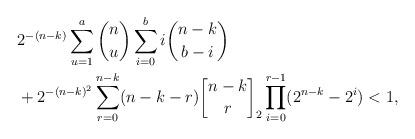
LaTeX: \begin{align*}&2^{-(n-k)}\sum_{u=1}^{a}\binom{n}{u}\sum_{i=0}^{b}i\binom{n-k}{b-i}\\&+2^{-(n-k)^2}\sum_{r=0}^{n-k}(n-k-r){n-k \brack r}_2\prod_{i=0}^{r-1}(2^{n-k}-2^i) < 1,\end{align*}